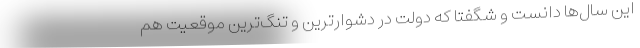
این سال‌ها دانست و شگفتا که دولت در دشوارترین و تنگ‌ترین موقعیت هم